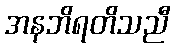
အနဘိရတိသညီ